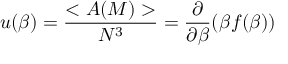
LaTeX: u ( \beta ) = \frac { < { \cal A } ( M ) > } { N ^ { 3 } } = \frac { \partial } { \partial \beta } ( \beta f ( \beta ) )